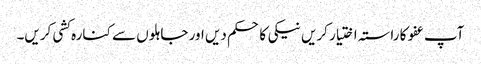
آپ عفو کا راستہ اختیار کریں نیکی کا حکم دیں اور جاہلوں سے کنارہ کشی کریں۔